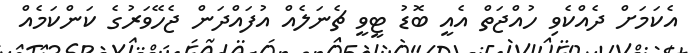
އެކަމަށް ދެއްކެވި ހުއްޖަތް އެއީ ބޮޑު ޓީވީ ޗެނަލެއް އުފައްދަން ޖެހޭވަރުގެ ކަންކަމެއް